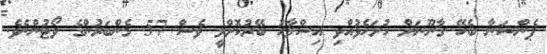
ޕެންޝަނާ ބެހޭ ގާނޫނަށް ހުށަހެޅުއްވި އިސްލާހު ބޭރުކޮށްލީ ވެސް 57 މެންބަރުންގެ ވޯޓުންނެވެ.